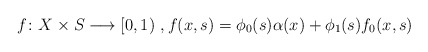
\begin{align*}f\colon X\times S\longrightarrow[0,1)~,f(x,s) = \phi_0(s) \alpha(x)+\phi_1(s)f_0(x,s)\end{align*}